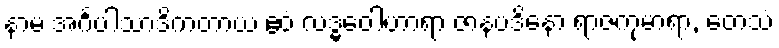
နာမ အင်္ဂပါသာဒိကတာယ ဧဝံ လဒ္ဓဝေါဟာရာ ဇာနပဒိနော ရာဇကုမာရာ, တေသံ